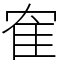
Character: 隺